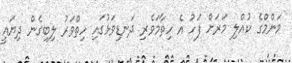
މަންމްގެ ކުއްލި މަރަށް ފަހު އެ ހިތާމަވެރި ދަނޑިވަޅުގައި ހިތްވަރު ލިބިގެން ދިޔައީ